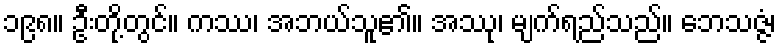
၁၉၈။ ဦးတို့တွင်။ ကဿ၊ အဘယ်သူ၏။ အဿု၊ မျက်ရည်သည်။ ဘေသဇ္ဇံ၊